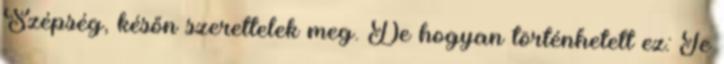
Szépség, későn szerettelek meg. De hogyan történhetett ez: Te